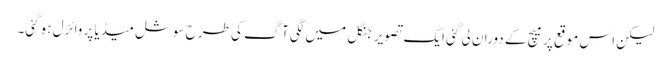
لیکن اس موقع پر میچ کے دوران لی گئی ایک تصویر جنگل میں لگی آگ کی طرح سوشل میڈیا پر وائرل ہوگئی۔